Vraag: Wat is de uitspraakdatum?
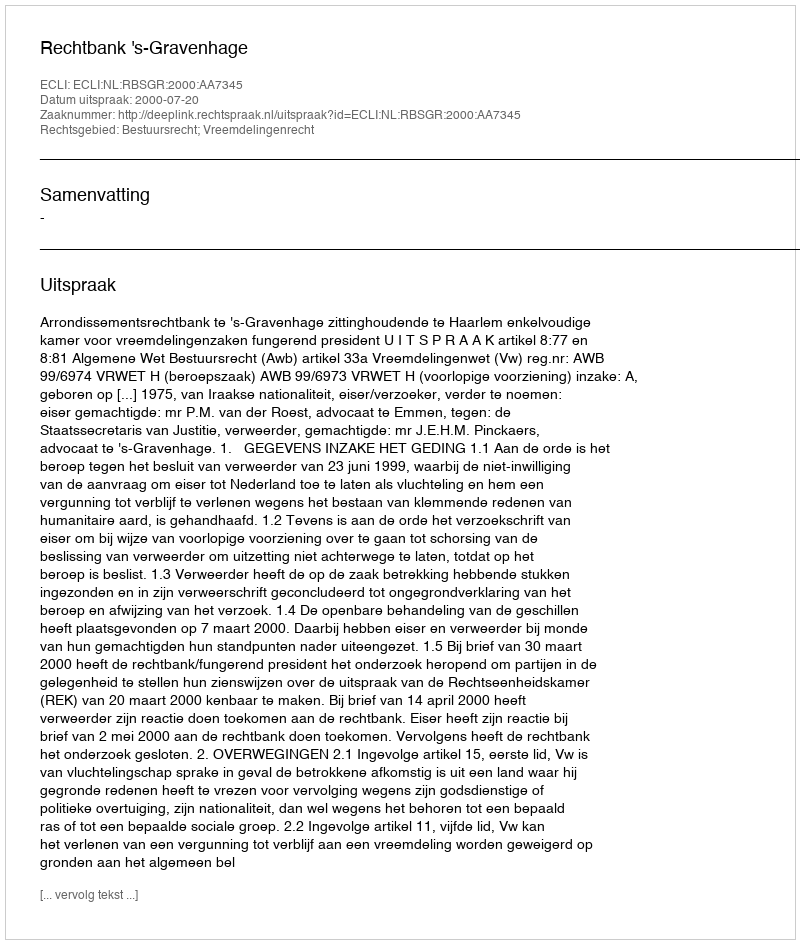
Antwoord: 2000-07-20